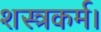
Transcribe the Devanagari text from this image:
शस्त्रकर्म।